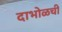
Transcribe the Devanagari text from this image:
दाभोळची